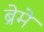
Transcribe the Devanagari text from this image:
ब्रेमे